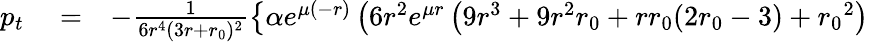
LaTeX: \begin{array}{rlr}{p_{t}}&{{}=}&{-\frac{1}{6r^{4}(3r+{r_{0}})^{2}}\left\lbrace\alpha e^{\mu(-r)}\left(6r^{2}e^{\mu r}\left(9r^{3}+9r^{2}{r_{0}}+r{r_{0}}(2{r_{0}}-3)+{r_{0}}^{2}\right)\right.\right.}\end{array}